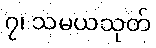
၇၊ သမယသုတ်